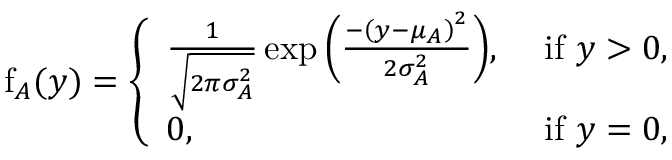
\begin{array} { r } { \mathrm { f } _ { A } ( y ) = \left\{ \begin{array} { l l } { \frac { 1 } { \sqrt { 2 \pi \sigma _ { A } ^ { 2 } } } \exp { \left( \frac { - \left( y - \mu _ { A } \right) ^ { 2 } } { 2 \sigma _ { A } ^ { 2 } } \right) } , } & { \mathrm { ~ i f ~ } y > 0 , } \\ { 0 , } & { \mathrm { ~ i f ~ } y = 0 , } \end{array} \right. } \end{array}